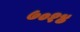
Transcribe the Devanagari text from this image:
७०१४